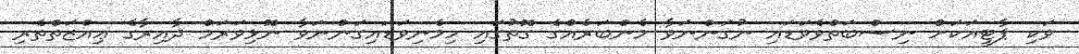
ވަކި ޕާޓީއަކަށް ނިސްބަތްވެވަޑައި ނުގަންނަވާ މެންބަރެއްގެ ގޮތުގައި ހިމެނިވަޑައިގަންނަވާ ނޮޅިވަރަމް ދާއިރާގެ ޢިއްޒަތްތެރި